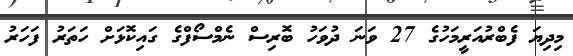
މިދިޔަ ފެބްރުއަރީމަހުގެ 27 ވަނަ ދުވަހު ބޮރިސް ނެމްސޯފްގެ ގައިކޮޅަށް ހަތަރު ފަހަރު